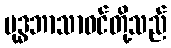
ဗုဒ္ဓဘာသာဝင်တို့သည်